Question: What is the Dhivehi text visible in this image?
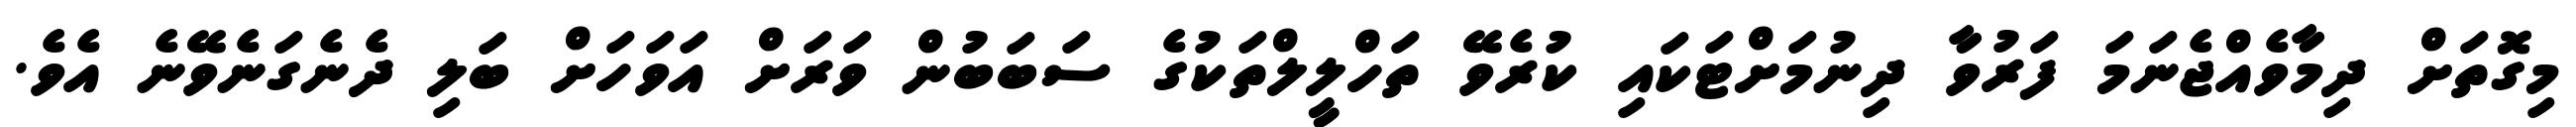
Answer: މިގޮތަށް ދިމާވެއްޖެނަމަ ފަރުވާ ދިނުމަށްޓަކައި ކުރެވޭ ތަހްލީލްތަކުގެ ސަބަބުން ވަރަށް އަވަހަށް ބަލި ދެނެގަނެވޭނެ އެވެ.